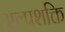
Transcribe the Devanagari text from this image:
अल्पशक्ति